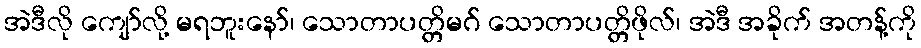
အဲဒီလို ကျော်လို့ မရဘူးနော်၊ သောတာပတ္တိမဂ် သောတာပတ္တိဖိုလ်၊ အဲဒီ အခိုက် အတန့်ကို